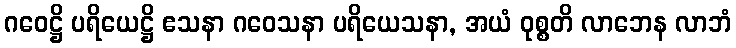
ဂဝေဋ္ဌိ ပရိယေဋ္ဌိ ဧသနာ ဂဝေသနာ ပရိယေသနာ, အယံ ဝုစ္စတိ လာဘေန လာဘံ